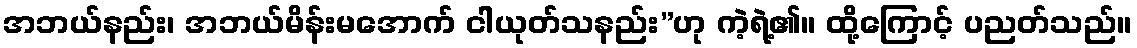
အဘယ်နည်း၊ အဘယ်မိန်းမအောက် ငါယုတ်သနည်း”ဟု ကဲ့ရဲ့၏။ ထို့ကြောင့် ပညတ်သည်။